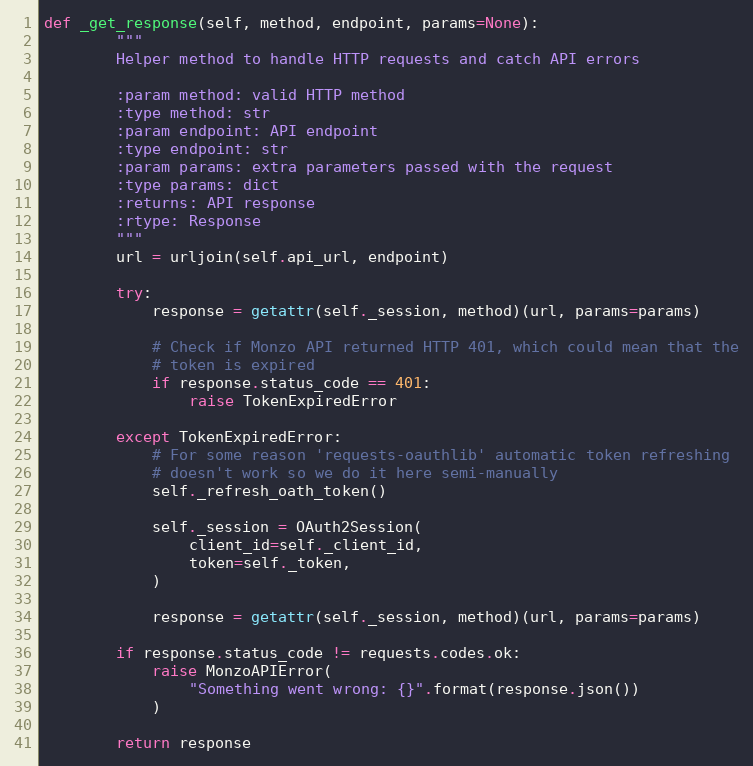
Language: Python
def _get_response(self, method, endpoint, params=None):
        """
        Helper method to handle HTTP requests and catch API errors

        :param method: valid HTTP method
        :type method: str
        :param endpoint: API endpoint
        :type endpoint: str
        :param params: extra parameters passed with the request
        :type params: dict
        :returns: API response
        :rtype: Response
        """
        url = urljoin(self.api_url, endpoint)

        try:
            response = getattr(self._session, method)(url, params=params)

            # Check if Monzo API returned HTTP 401, which could mean that the
            # token is expired
            if response.status_code == 401:
                raise TokenExpiredError

        except TokenExpiredError:
            # For some reason 'requests-oauthlib' automatic token refreshing
            # doesn't work so we do it here semi-manually
            self._refresh_oath_token()

            self._session = OAuth2Session(
                client_id=self._client_id,
                token=self._token,
            )

            response = getattr(self._session, method)(url, params=params)

        if response.status_code != requests.codes.ok:
            raise MonzoAPIError(
                "Something went wrong: {}".format(response.json())
            )

        return response